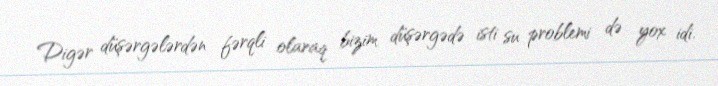
Digər düşərgələrdən fərqli olaraq bizim düşərgədə isti su problemi də yox idi.